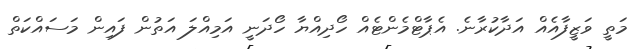
މަތީ ވަޒީފާއެއް އަދާކުރާނެ. އެޕާޓްމެންޓެއް ހޯދިއްޔާ ހޯދަނީ އަމިއްލަ އަތުން ފައިން މަސައްކަތް